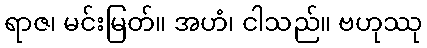
ရာဇ၊ မင်းမြတ်။ အဟံ၊ ငါသည်။ ဗဟုဿု